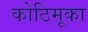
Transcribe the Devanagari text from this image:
कोठिमूका